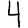
Digit: 4